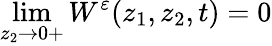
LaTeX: \operatorname*{lim}_{z_{2}\to 0+}W^{\varepsilon}(z_{1},z_{2},t)=0